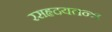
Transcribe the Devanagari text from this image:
रसहृदयतन्त्र